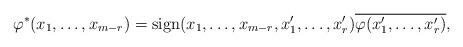
LaTeX: \begin{align*}\varphi^*(x_1,\ldots,x_{m-r}) = {\rm sign}(x_1,\ldots,x_{m-r},x_1',\ldots,x_r') \overline{\varphi(x_1',\ldots,x_r')},\end{align*}